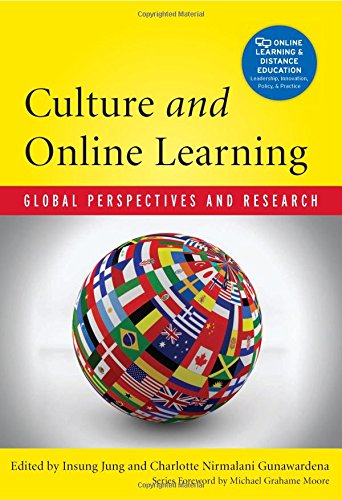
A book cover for Culture and Online Learning: Global Perspectives and Research (Online Learning and Distance Education); Education & Teaching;